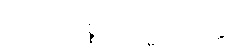
လောဟိစ္စဗြာဟ္မဏဝတ္ထု